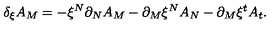
\delta _ { \xi } A _ { M } = - \xi ^ { N } \partial _ { N } A _ { M } - \partial _ { M } \xi ^ { N } A _ { N } - \partial _ { M } \xi ^ { t } A _ { t } .